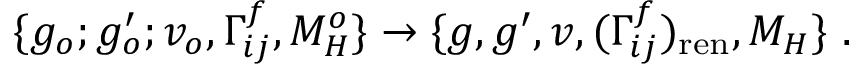
\{ g _ { o } ; g _ { o } ^ { \prime } ; v _ { o } , \Gamma _ { i j } ^ { f } , M _ { H } ^ { o } \} \to \{ g , g ^ { \prime } , v , ( \Gamma _ { i j } ^ { f } ) _ { \mathrm { r e n } } , M _ { H } \} ~ .